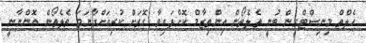
ހެލްތް މިނިސްޓްރީން ބުނީ ތެލެތޯން އިންތިޒާމް ކޮށްފައިވާ ގޮތަށް ކުރިއަށްދާނަމަ ތެލެތޯން އޮންނާނީ